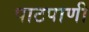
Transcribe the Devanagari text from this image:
पाटपाणी